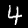
Label: 4